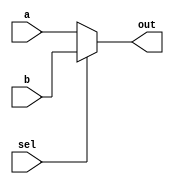
module mux5bitwide(a,b,sel,out);
	output[4:0] out;
	reg[4:0] out;
	input[4:0] a,b;
	input sel;
	always@(a or b or sel)
	begin
	if(sel)
		out<=b;
	else
		out<=a;
	end
endmodule